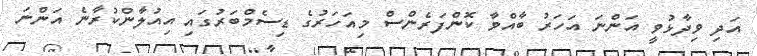
އަދި ވިދާޅުވީ އަންނަ އަހަރު ބާއްވާ ކޮންފަރެންސް މިއަހަރުގެ ޑިސެމްބަރުގައި އިއުލާންކުރާނެ އަންނަ